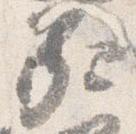
家